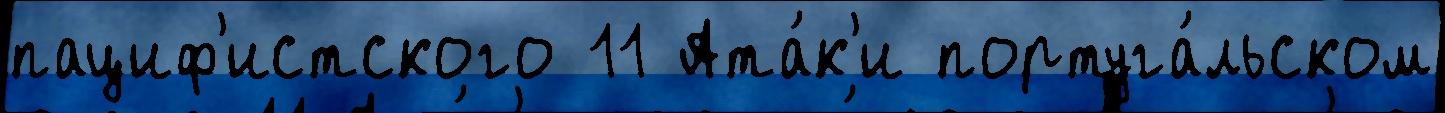
пациф'истского 11 Ата́к'и португа́льском